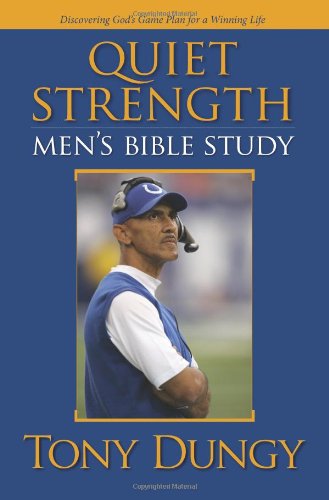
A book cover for Quiet Strength: Men's Bible Study; Tony Dungy; Christian Books & Bibles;